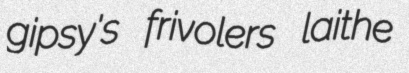
gipsy's frivolers laithe